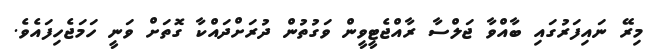
މިރޭ ނައިފަރުގައި ބާއްވާ ޖަލްސާ ރާއްޖެޓީވީން ވަގުތުން ދުރަށްދައްކާ ގޮތަށް ވަނީ ހަމަޖެހިފައެވެ.